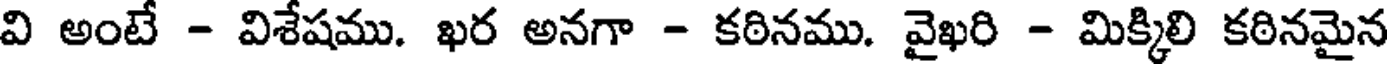
వి అంటే - విశేషము. ఖర అనగా - కఠినము. వైఖరి - మిక్కిలి కఠినమైన